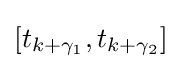
[t_{k+\gamma _{1}},t_{k+\gamma _{2}}]